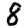
Digit: 8